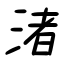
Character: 渚